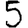
Digit: 5